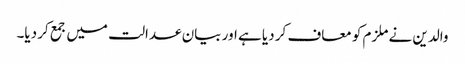
والدین نے ملزم کو معاف کر دیا ہے اور بیان عدالت میں جمع کر دیا۔